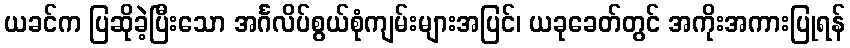
ယခင်က ပြဆိုခဲ့ပြီးသော အင်္ဂလိပ်စွယ်စုံကျမ်းများအပြင်၊ ယခုခေတ်တွင် အကိုးအကားပြုရန်